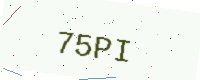
Text: 75PI